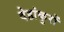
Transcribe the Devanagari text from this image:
देहांकुरों